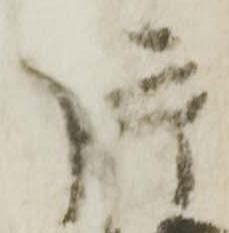
片